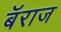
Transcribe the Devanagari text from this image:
बॅराज